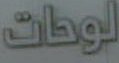
لوحات